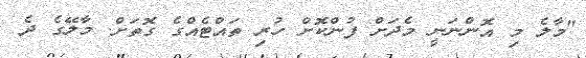
"މާލެ މި އޮންނަނީ މެދަށް ފުންކޮށް ހުރި ތައްޓެއްގެ ގޮތަށް. މާލޭގެ ދެ